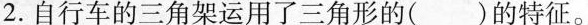
2. 自行车的三角架运用了三角形的( )的特征。